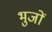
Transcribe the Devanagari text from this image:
भुजों